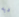
ديه